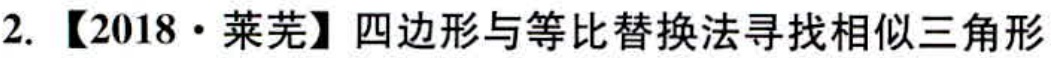
2. 【2018·莱芜】四边形与等比替换法寻找相似三角形